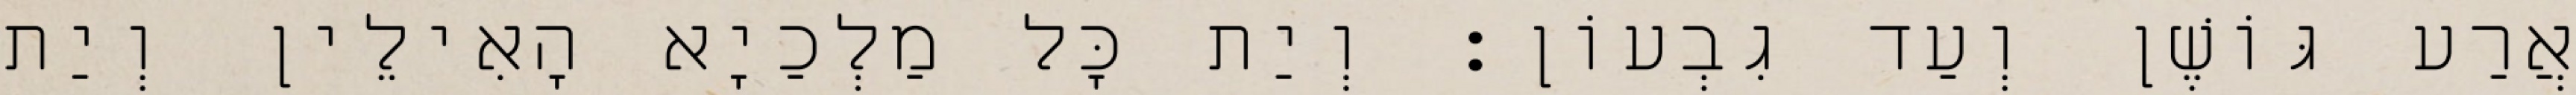
אֲרַע גּוֹשֶׁן וְעַד גִבְעוֹן׃ וְיַת כָּל מַלְכַיָא הָאִילֵין וְיַת